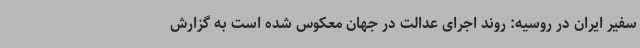
سفیر ایران در روسیه: روند اجرای عدالت در جهان معکوس شده است به گزارش